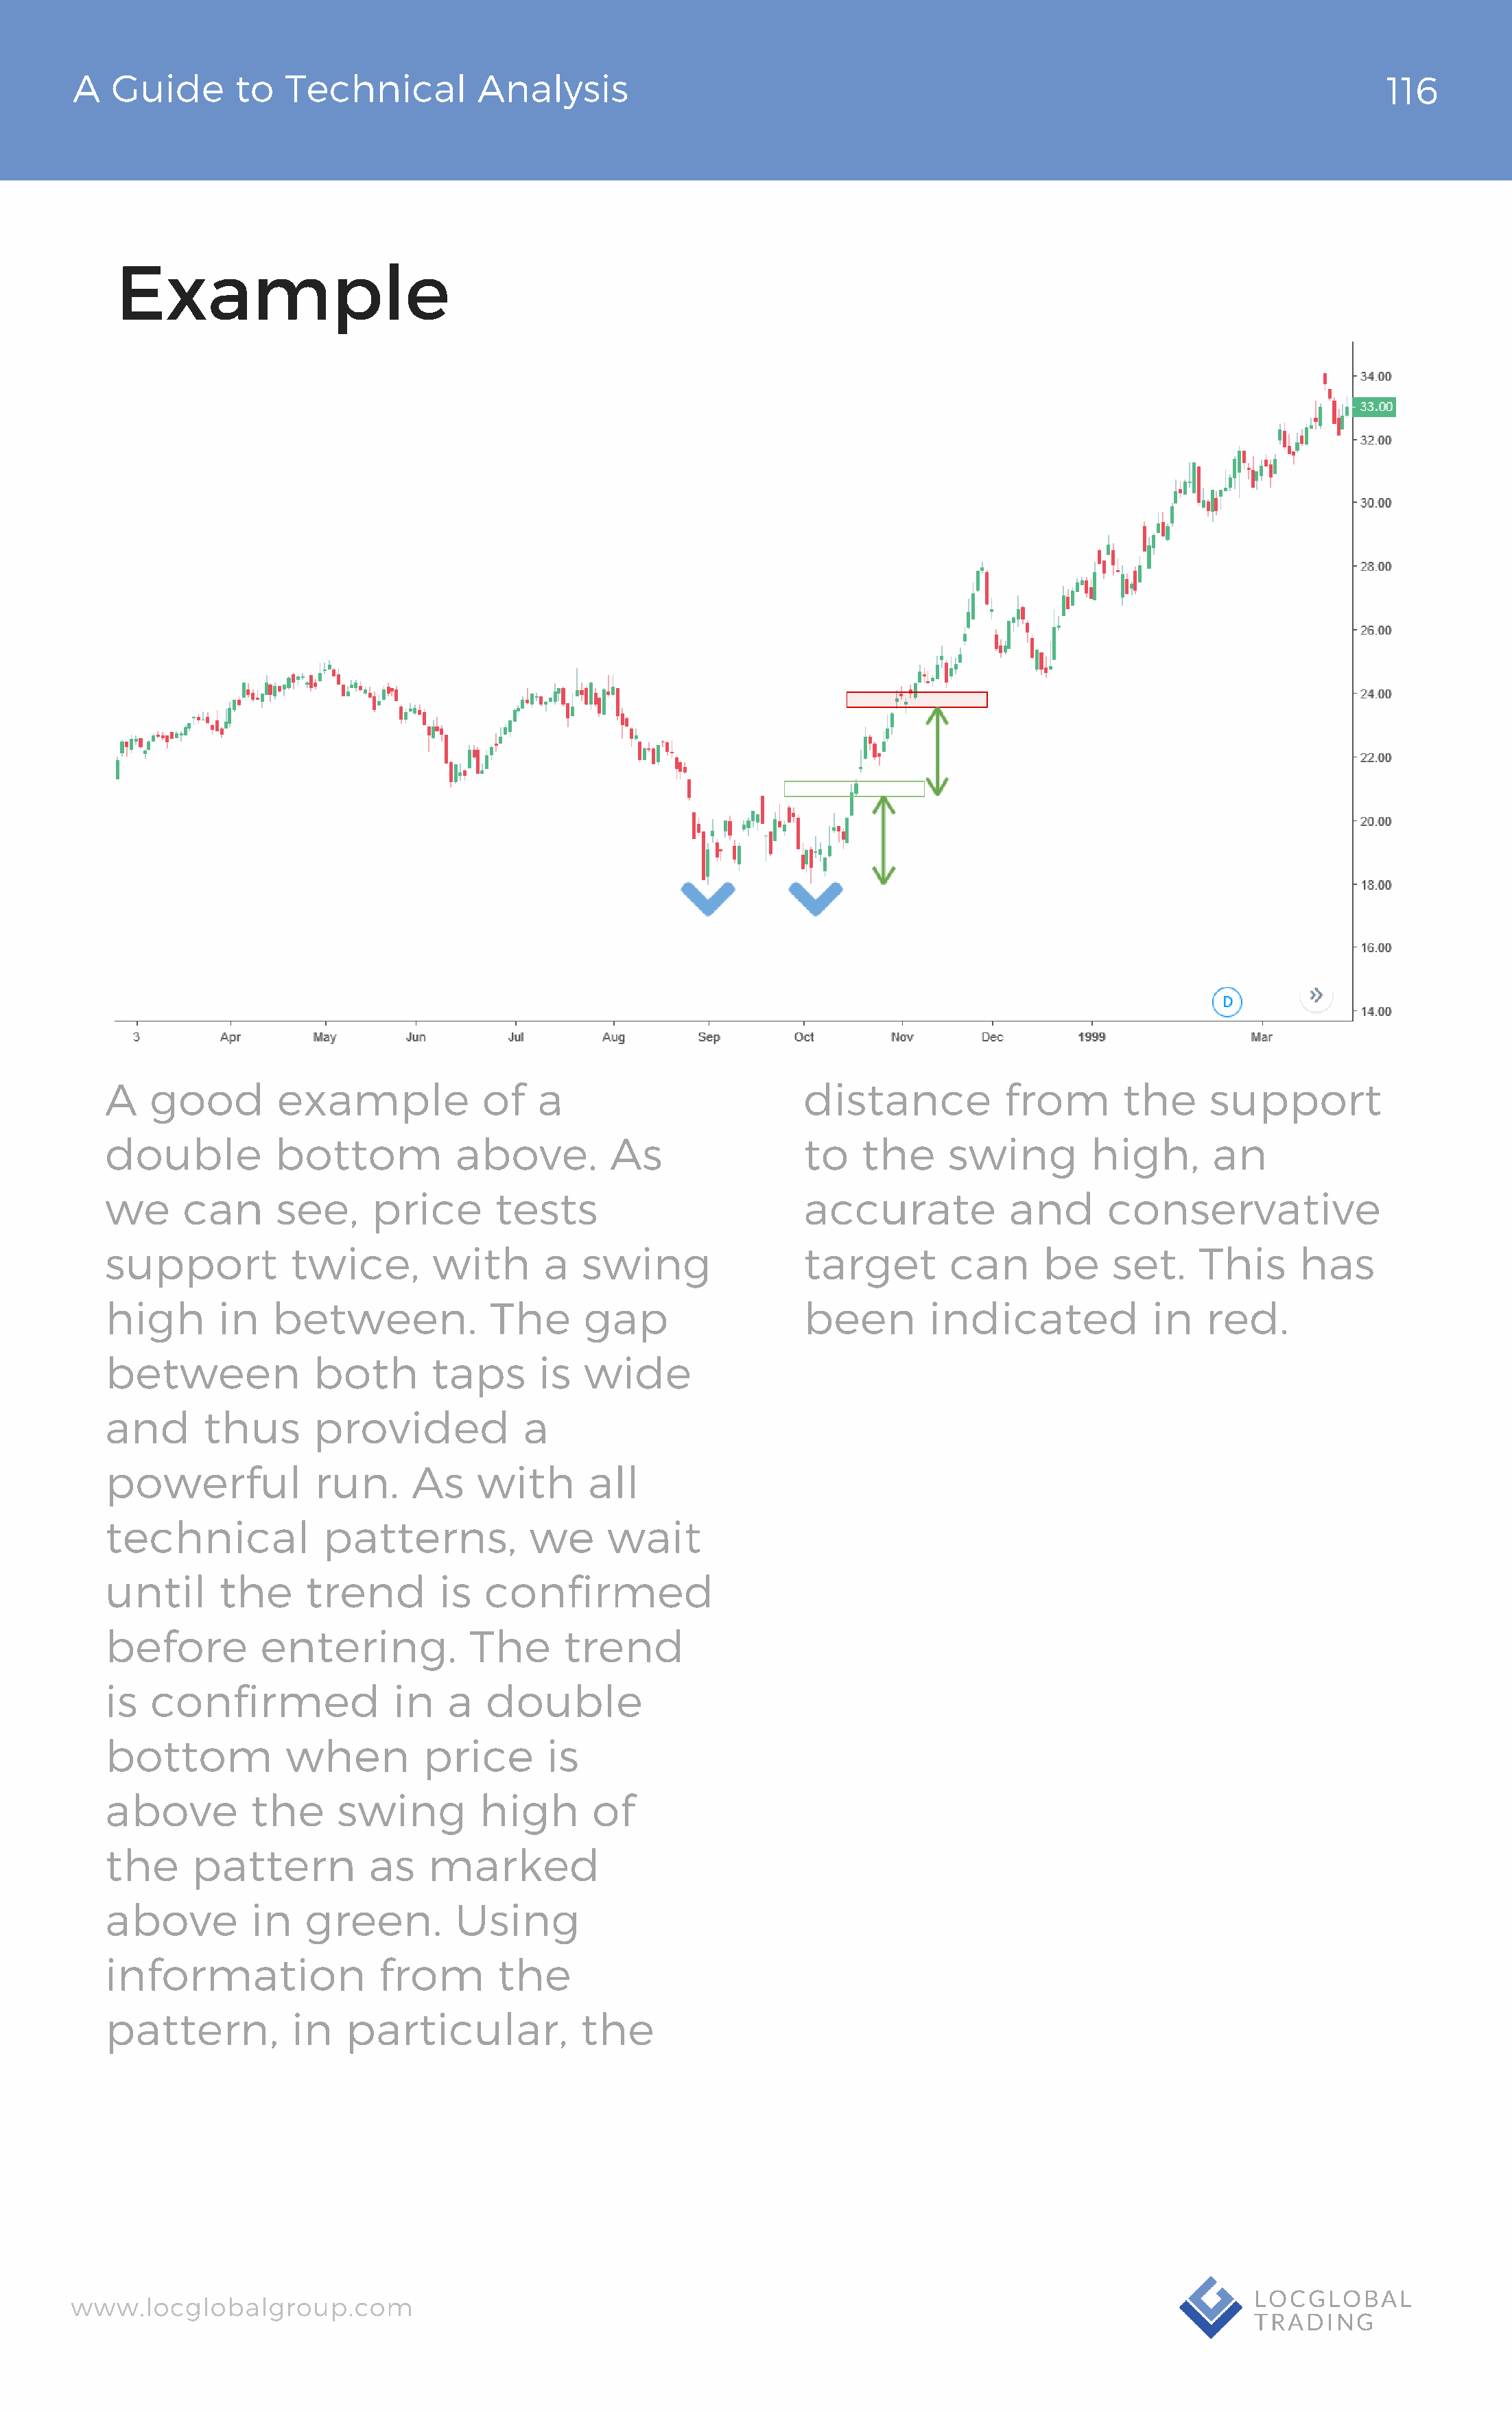
AA  GGuuiiddee  ttoo TTeecchhnniiccaall AAnnaallyyssiiss                                                                       13162
 Example
 A   good         example             of   a                         distance           from       the      support
 double          bottom            above.         As                 to   the     swing         high,       an
 we      can      see,     price       tests                         accurate           and       conservative
 support           twice,        with      a   swing                 target        can      be    set.     This     has
 high       in   between.             The      gap                   been        indicated            in   red.
 between             both        taps      is  wide
 and       thus      provided            a
 powerful            run.      As    with       all
 technical            patterns,           we      wait
 until      the     trend        is   confirmed
 before         entering.           The      trend
 is   confirmed              in   a   double
 bottom            when         price       is
 above         the      swing        high       of
 the     pattern           as   marked
 above         in   green.         Using
 information                from       the
 pattern,          in   particular,            the
 wwwwww..llooccgglloobbaallggrroouupp..ccoomm                                                                      LLOOCCGGLLOOBBAALL
 TTRRAADDIINNGG